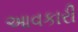
આવકારી